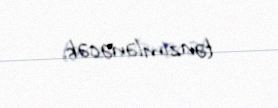
tənzimlənəcək.